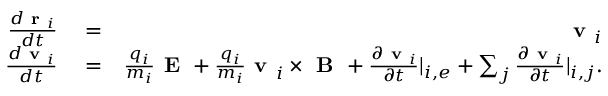
\begin{array} { r l r } { \frac { d \textbf { r } _ { i } } { d t } } & { { } = } & { \textbf { v } _ { i } } \\ { \frac { d \textbf { v } _ { i } } { d t } } & { { } = } & { \frac { q _ { i } } { m _ { i } } \textbf { E } + \frac { q _ { i } } { m _ { i } } \textbf { v } _ { i } \times \textbf { B } + \frac { \partial \textbf { v } _ { i } } { \partial t } | _ { i , e } + \sum _ { j } \frac { \partial \textbf { v } _ { i } } { \partial t } | _ { i , j } . } \end{array}